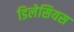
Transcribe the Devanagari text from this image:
डिलेसियस